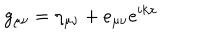
g _ { \mu \nu } = \eta _ { \mu \nu } + e _ { \mu \nu } e ^ { i k x }